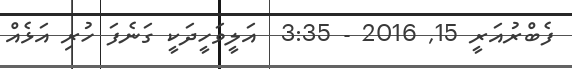
ފެބްރުއަރީ 15